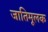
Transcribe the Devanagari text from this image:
जातिमूलक